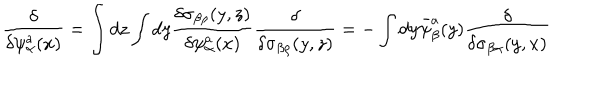
{ \frac { \delta } { \delta \psi _ { \alpha } ^ { a } ( x ) } } = \int d z \int d y { \frac { \delta \sigma _ { \beta \rho } ( y , z ) } { \delta \psi _ { \alpha } ^ { a } ( x ) } } { \frac { \delta } { \delta \sigma _ { \beta \rho } ( y , z ) } } = - \int d y \bar { \psi } _ { \beta } ^ { a } ( y ) { \frac { \delta } { \delta \sigma _ { \beta \alpha } ( y , x ) } }